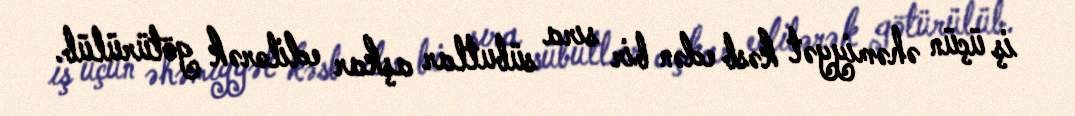
iş üçün əhəmiyyət kəsb edən bir sıra sübutlar aşkar edilərək götürülüb.